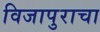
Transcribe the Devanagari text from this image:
विजापुराचा